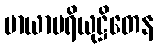
မာယာပရိယုဋ္ဌိတေန